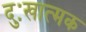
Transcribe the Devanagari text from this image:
दुःखात्मक